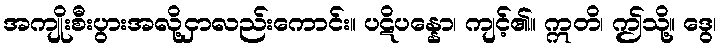
အကျိုးစီးပွားအလို့ငှာလည်းကောင်း။ ပဋိပန္နော၊ ကျင့်၏။ ဣတိ၊ ဤသို့။ ဒွေ၊